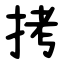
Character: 拷